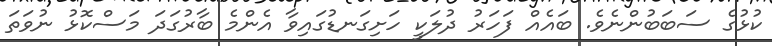
ކުޅުގެ ސަބަބުންނެވެ. ބައެއް ފަހަރު ދުލަކީ ހަށިގަނޑުގައިވާ އެންމެ ބާރުގަދަ މަސްކޮޅު ނުވަތަ